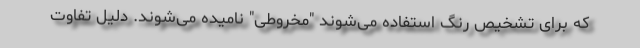
که برای تشخیص رنگ استفاده می‌شوند "مخروطی" نامیده می‌شوند. دلیل تفاوت